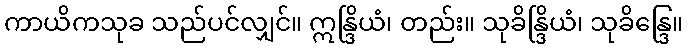
ကာယိကသုခ သည်ပင်လျှင်။ ဣန္ဒြိယံ၊ တည်း။ သုခိန္ဒြိယံ၊ သုခိန္ဒြေ။